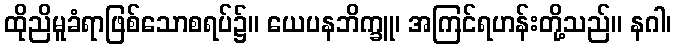
ထိုညိမူခံရာဖြစ်သောစရပ်၌။ ယေပနဘိက္ခူ၊ အကြင်ရဟန်းတို့သည်။ နဂါ၊